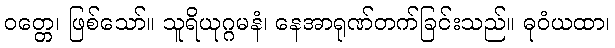
ဝတ္တေ၊ ဖြစ်သော်။ သူရိယုဂ္ဂမနံ၊ နေအာရုဏ်တက်ခြင်းသည်။ ဓုဝံယထာ၊